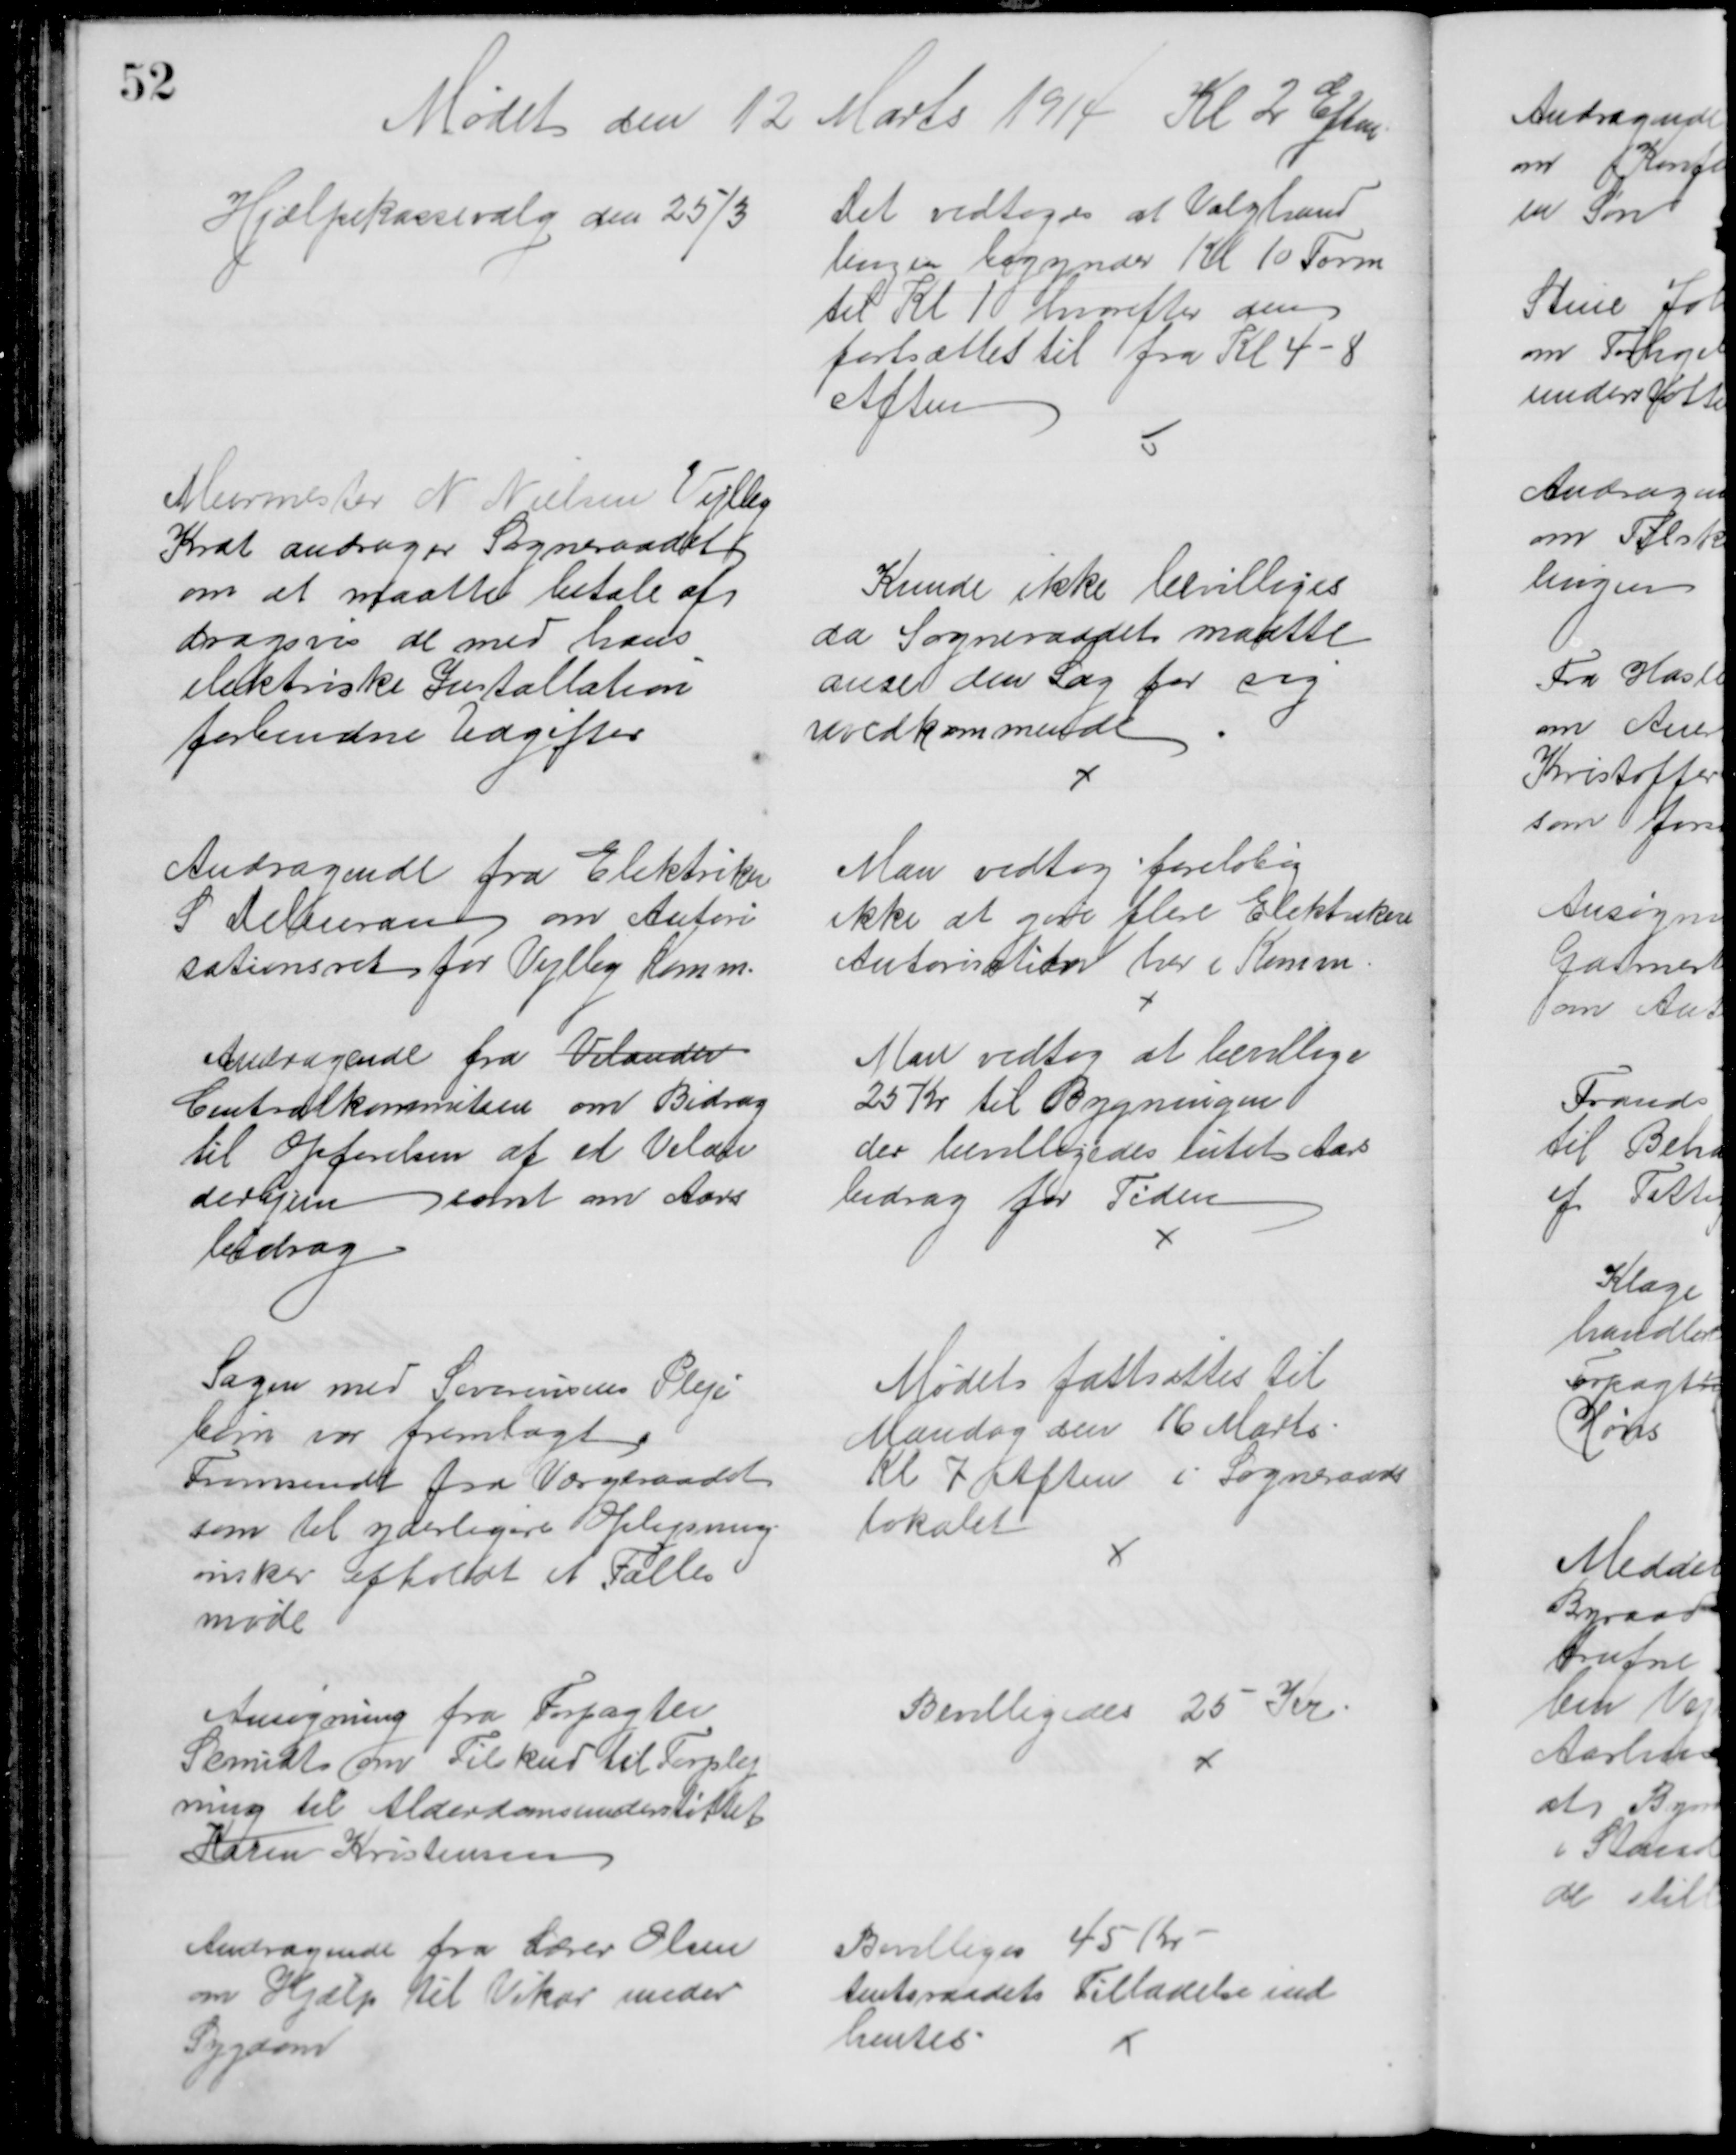
Transskription:
Mødet den 12 Marts 1914 Kl 2 Eftm
Hjælpekassevalg den 25/3
Det vedtoges at Valghand
lingen begynder Kl. 10 Form
til Kl 1 hvorefter den
fortsættes til fra Kl. 4 - 8
Aften
Murmester N. Nielsen Vejlby
Krat andrager Sogneraadet
om at maatte betale af
dragsvis de med hans
elektriske Installation
forbundne Udgifter
Kunde ikke bevilliges
da Sogneraadet maatte
anse den Sag for sig
uvedkommende
Andragende fra Elektriker
S Deleuran om Autori
sationsret for Vejlby Komm.
Man vedtog foreløbig
ikke at give flere Elektrikere
Autorisation her i Komm.
Andragende fra Velander
Centralkommiteen om Bidrag
til Opførelsen af et Velan
derhjem samt om Aars
bidrag
Man vedtog at bevillige
25 Kr til Bygningen
der bevilligedes intet Aars
bidrag for Tiden
Sagen med Severinsens Pleje
barn var fremlagt 
Fremsendt fra Værgeraadet
som til yderligere Oplysning
ønsker afholdt et Fælles
møde
Mødet fastsættes til
Mandag den 16 Marts
Kl 7 Aften i Sogneraads
lokalet
Ansøgning fra Forpagter
Smidt om Tilskud til Forplej
ning til Alderdomsunderstøttet
Karen Kristensen
Bevilligedes 25 Kr
Andragende fra Lærer Olsen
om Hjælp til Vikar under
Sygdom
Bevilliges 45 Kr
Amtsraadets Tilladelse ind
hentes